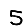
Digit: 5